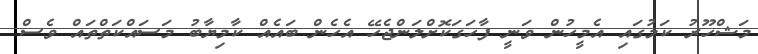
މަޝްހޫރު ކަމުގައި އެމީހުން ވަނީ ފާހަގަކޮށްލަންޖެހޭ އެހެން ބައެއް ކާމިޔާބު މަސައްކަތްތައް ވެސް